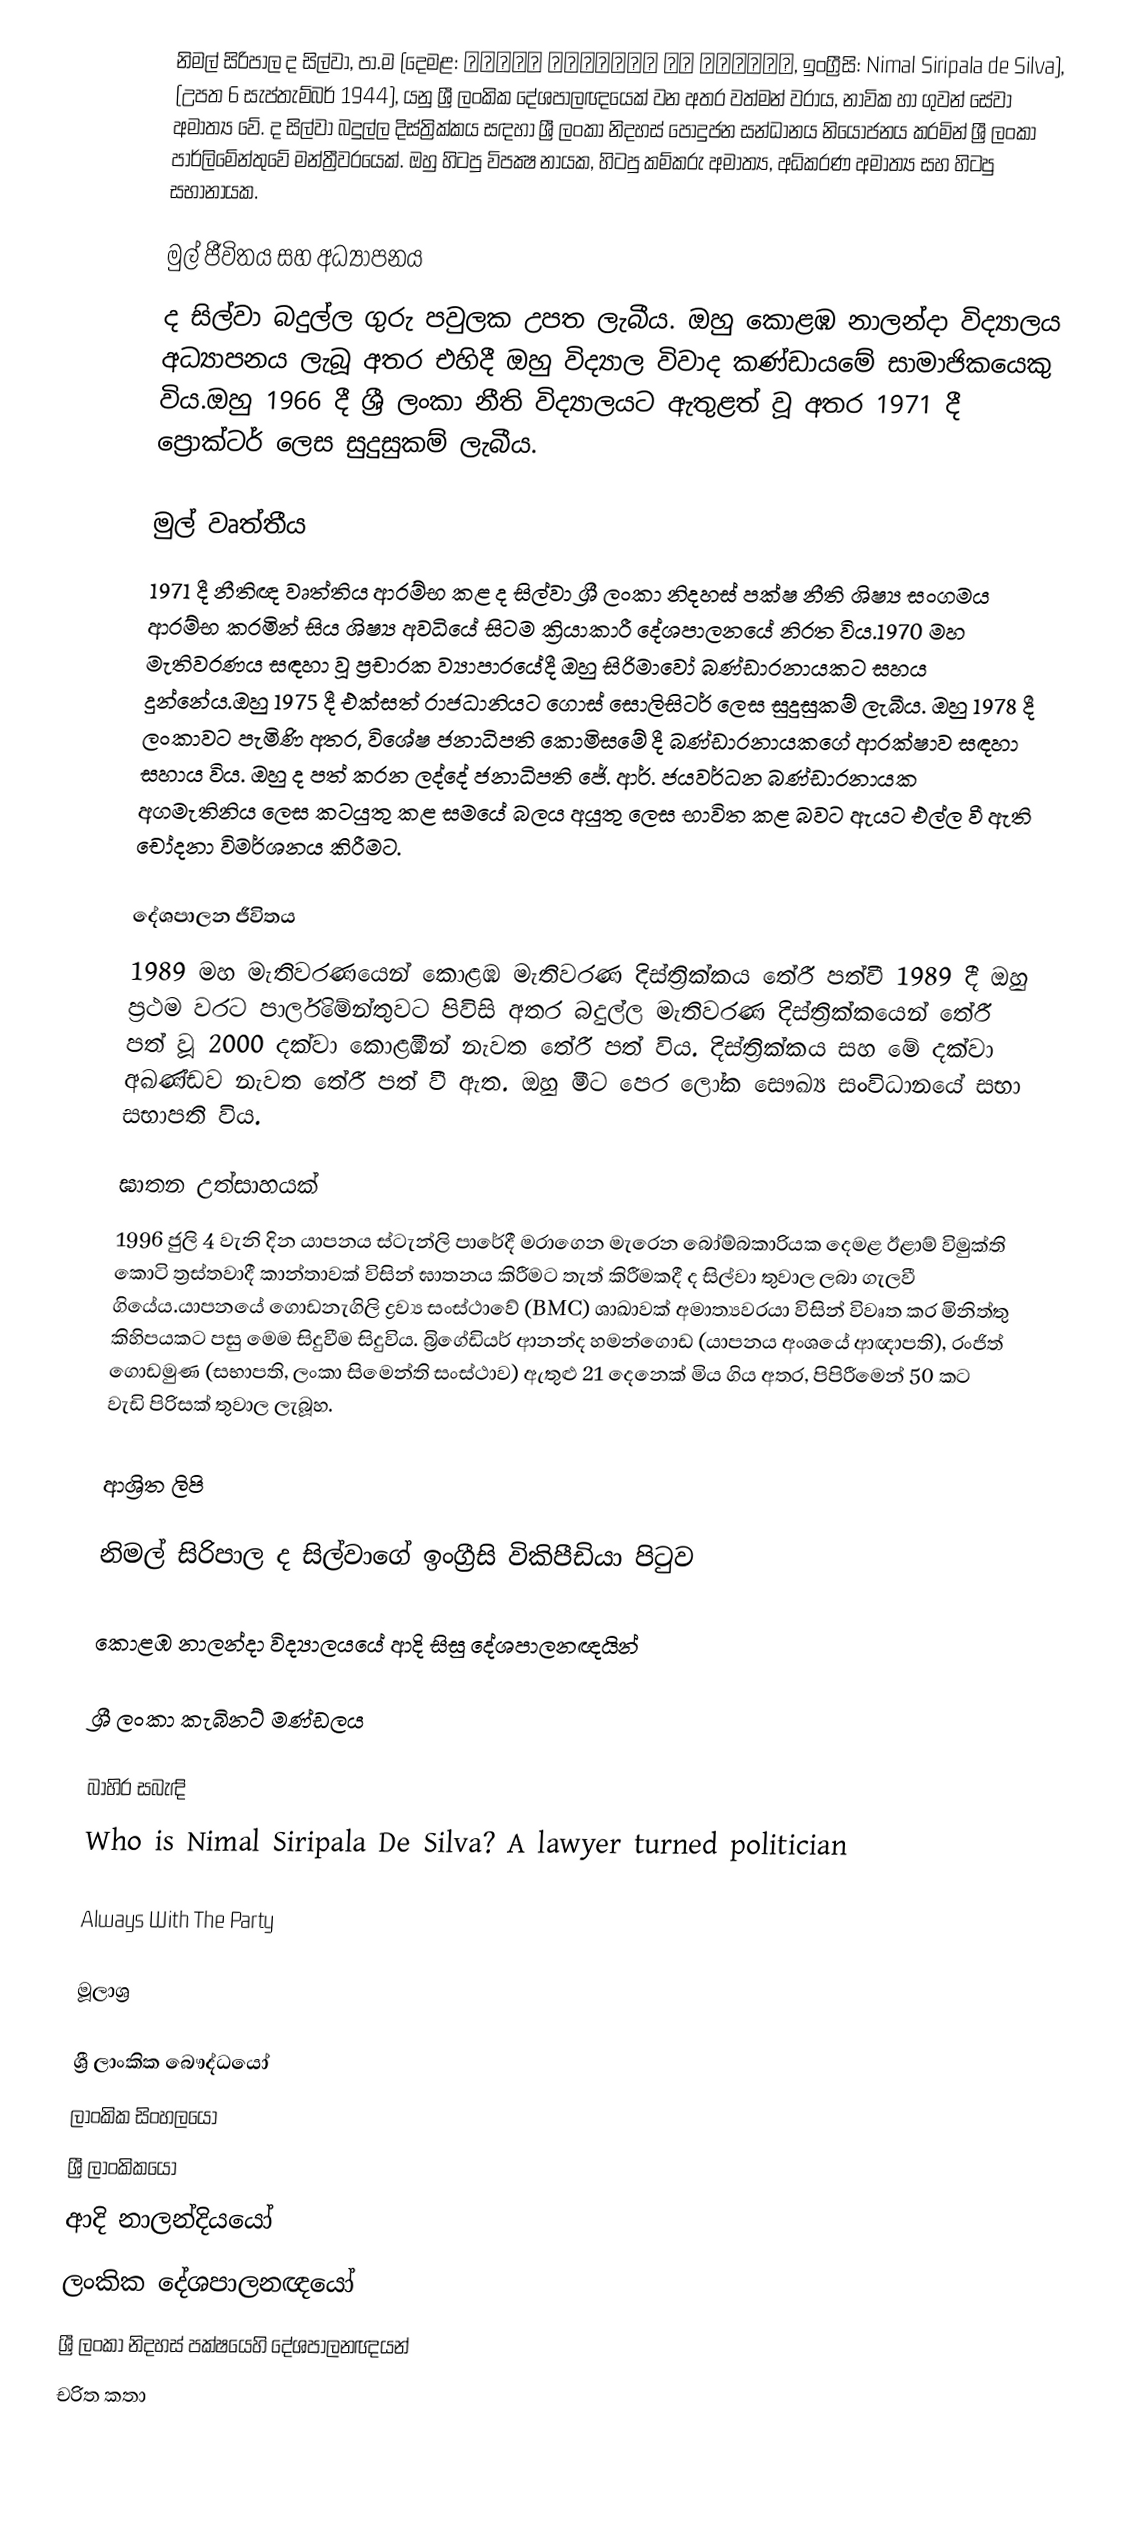
නිමල් සිරිපාල ද සිල්වා, පා.ම (දෙමළ: நிமல் சிறிபால டி சில்வா, ඉංග්‍රීසි: Nimal Siripala de Silva), (උපත 6 සැප්තැම්බර් 1944), යනු ශ්‍රී ලංකික දේශපාලඥයෙක් වන අතර වත්මන් වරාය, නාවික හා ගුවන් සේවා අමාත්‍ය වේ. ද සිල්වා බදුල්ල දිස්ත්‍රික්කය සඳහා ශ්‍රී ලංකා නිදහස් පොදුජන සන්ධානය නියෝජනය කරමින් ශ්‍රී ලංකා පාර්ලිමේන්තුවේ මන්ත්‍රීවරයෙක්. ඔහු හිටපු විපක්‍ෂ නායක, හිටපු කම්කරු අමාත්‍ය,  අධිකරණ අමාත්‍ය සහ හිටපු සභානායක.

මුල් ජීවිතය සහ අධ්‍යාපනය
ද සිල්වා බදුල්ල ගුරු පවුලක උපත ලැබීය. ඔහු කොළඹ නාලන්දා විද්‍යාලය අධ්‍යාපනය ලැබූ අතර එහිදී ඔහු විද්‍යාල විවාද කණ්ඩායමේ සාමාජිකයෙකු විය.ඔහු 1966 දී ශ්‍රී ලංකා නීති විද්‍යාලයට ඇතුළත් වූ අතර 1971 දී ප්‍රොක්ටර් ලෙස සුදුසුකම් ලැබීය.

මුල් වෘත්තීය
1971 දී නීතිඥ වෘත්තිය ආරම්භ කළ ද සිල්වා ශ්‍රී ලංකා නිදහස් පක්ෂ නීති ශිෂ්‍ය සංගමය ආරම්භ කරමින් සිය ශිෂ්‍ය අවධියේ සිටම ක්‍රියාකාරී දේශපාලනයේ නිරත විය.1970 මහ මැතිවරණය සඳහා වූ ප්‍රචාරක ව්‍යාපාරයේදී ඔහු සිරිමාවෝ බණ්ඩාරනායකට සහය දුන්නේය.ඔහු 1975 දී එක්සත් රාජධානියට ගොස් සොලිසිටර් ලෙස සුදුසුකම් ලැබීය. ඔහු 1978 දී ලංකාවට පැමිණි අතර, විශේෂ ජනාධිපති කොමිසමේ දී බණ්ඩාරනායකගේ ආරක්ෂාව සඳහා සහාය විය. ඔහු ද පත් කරන ලද්දේ ජනාධිපති ජේ. ආර්. ජයවර්ධන බණ්ඩාරනායක අගමැතිනිය ලෙස කටයුතු කළ සමයේ බලය අයුතු ලෙස භාවිත කළ බවට ඇයට එල්ල වී ඇති චෝදනා විමර්ශනය කිරීමට.

දේශපාලන ජීවිතය
1989 මහ මැතිවරණයෙන් කොළඹ මැතිවරණ දිස්ත්‍රික්කය තේරී පත්වී 1989 දී ඔහු ප්‍රථම වරට පාර්ලිමේන්තුවට පිවිසි අතර බදුල්ල මැතිවරණ දිස්ත්‍රික්කයෙන් තේරී පත් වූ 2000 දක්වා කොළඹින් නැවත තේරී පත් විය. දිස්ත්‍රික්කය සහ මේ දක්වා අඛණ්ඩව නැවත තේරී පත් වී ඇත. ඔහු මීට පෙර ලෝක සෞඛ්‍ය සංවිධානයේ සභා සභාපති විය.

ඝාතන උත්සාහයක්
1996 ජුලි 4 වැනි දින යාපනය ස්ටැන්ලි පාරේදී මරාගෙන මැරෙන බෝම්බකාරියක දෙමළ ඊළාම් විමුක්ති කොටි ත්‍රස්තවාදී කාන්තාවක් විසින් ඝාතනය කිරීමට තැත් කිරීමකදී ද සිල්වා තුවාල ලබා ගැලවී ගියේය.යාපනයේ ගොඩනැගිලි ද්‍රව්‍ය සංස්ථාවේ (BMC) ශාඛාවක් අමාත්‍යවරයා විසින් විවෘත කර මිනිත්තු කිහිපයකට පසු මෙම සිදුවීම සිදුවිය. බ්‍රිගේඩියර් ආනන්ද හමන්ගොඩ (යාපනය අංශයේ ආඥාපති), රංජිත් ගොඩමුණ (සභාපති, ලංකා සිමෙන්ති සංස්ථාව) ඇතුළු 21 දෙනෙක් මිය ගිය අතර, පිපිරීමෙන් 50 කට වැඩි පිරිසක් තුවාල ලැබූහ.

ආශ්‍රිත ලිපි

 නිමල් සිරිපාල ද සිල්වාගේ ඉංග්‍රීසි විකිපීඩියා පිටුව

කොළඹ නාලන්දා විද්‍යාලයයේ ආදි සිසු දේශපාලනඥයින්

 ශ්‍රී ලංකා කැබිනට් මණ්ඩලය

බාහිර සබැඳි
 Who is Nimal Siripala De Silva? A lawyer turned politician

 Always With The Party

මූලාශ්‍ර

ශ්‍රී ලාංකික බෞද්ධයෝ
ලාංකික සිංහලයෝ
ශ්‍රී ලාංකිකයෝ
ආදි නාලන්දියයෝ
ලංකික දේශපාලනඥයෝ
ශ්‍රී ලංකා නිදහස් පක්ෂයෙහි දේශපාලනඥයන්
චරිත කතා